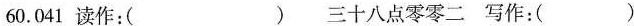
60.041读作：( ) 三十八点零零二写作：( )